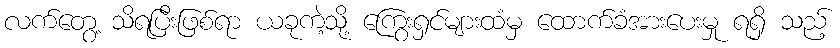
လက်တွေ့ သိရပြီးဖြစ်ရာ ယခုကဲ့သို့ ကြွေးရှင်များထံမှ ထောက်ခံအားပေးမှု ရရှိ သည့်